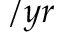
/ y r